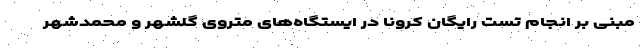
مبنی بر انجام تست رایگان کرونا در ایستگاه‌های متروی گلشهر و محمدشهر